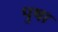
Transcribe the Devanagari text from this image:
पुषा